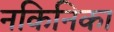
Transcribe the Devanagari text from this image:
नकिनिका